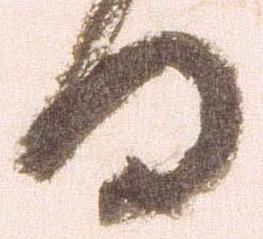
日